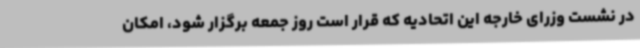
در نشست وزرای خارجه این اتحادیه که قرار است روز جمعه برگزار شود، امکان